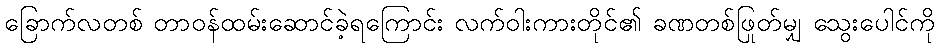
ခြောက်လတစ် တာဝန်ထမ်းဆောင်ခဲ့ရကြောင်း လက်ဝါးကားတိုင်၏ ခဏတစ်ဖြုတ်မျှ သွေးပေါင်ကို